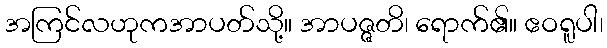
အကြင်လဟုကအာပတ်သို့။ အာပဇ္ဇတိ၊ ရောက်၏။ ဧဝရူပါ၊